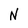
Character: N